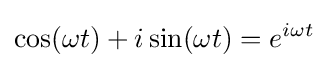
\cos(\omega t)+i\sin(\omega t)=e^{i\omega t}